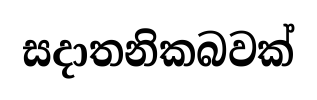
සදාතනිකබවක්